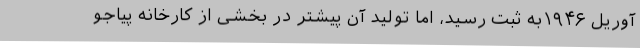
آوریل ۱۹۴۶به ثبت رسید، اما تولید آن پیشتر در بخشی از کارخانه پیاجو